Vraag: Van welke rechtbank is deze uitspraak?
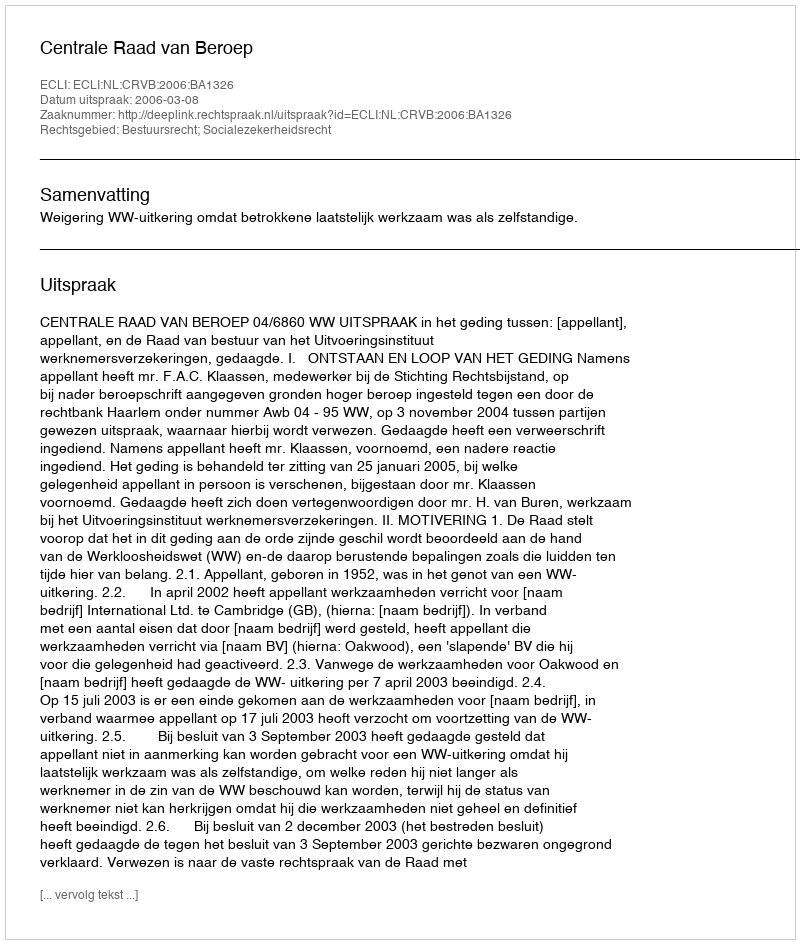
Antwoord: Centrale Raad van Beroep